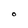
Character: O